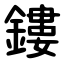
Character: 鏤